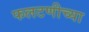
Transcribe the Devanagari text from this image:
फलटणीच्या